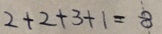
2 + 2 + 3 + 1 = 8